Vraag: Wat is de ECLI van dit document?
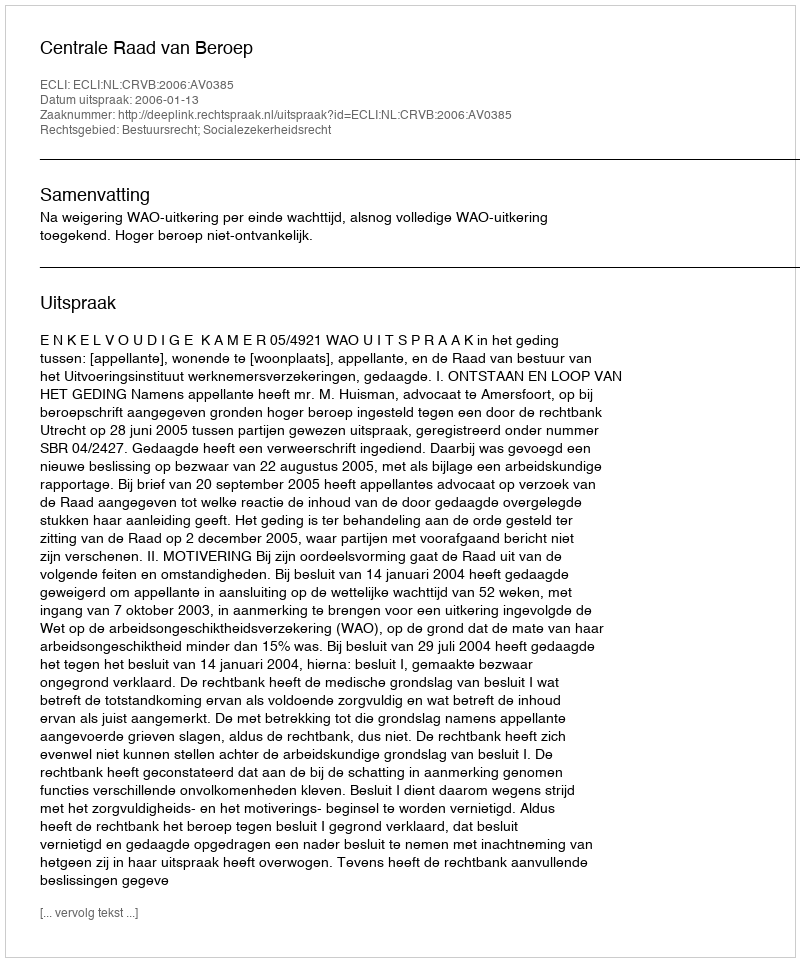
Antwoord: ECLI:NL:CRVB:2006:AV0385